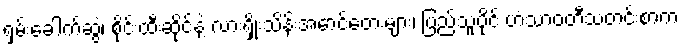
ရှမ်းခေါက်ဆွဲ၊ စိုင်းထီးဆိုင်နဲ့ လားရှိုးသိန်းအောင်တေးများ၊ ပြည်သူပိုင် ဟံသာဝတီသတင်းစာက